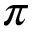
\pi